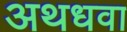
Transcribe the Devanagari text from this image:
अथधवा